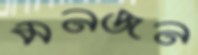
মনজন